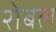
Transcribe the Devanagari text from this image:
रोबल